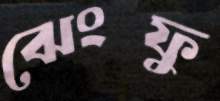
ঝেংফু